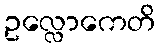
ဥလ္လောကေတိ